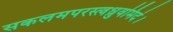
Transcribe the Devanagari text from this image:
सकलमपरस्त्वध्रुवमिदं।